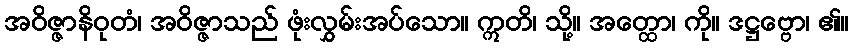
အဝိဇ္ဇာနိဝုတံ၊ အဝိဇ္ဇာသည် ဖုံးလွှမ်းအပ်သော။ ဣတိ၊ သို့။ အတ္ထော၊ ကို။ ဒဋ္ဌဗ္ဗော၊ ၏။